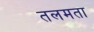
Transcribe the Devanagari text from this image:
तलमता